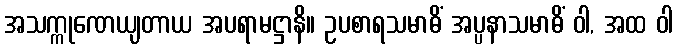
အသက္ကုဏေယျတာယ အပရာမဋ္ဌာနိ။ ဥပစာရသမာဓိံ အပ္ပနာသမာဓိံ ဝါ, အထ ဝါ